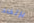
بإتخاذ